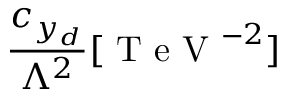
\frac { c _ { y _ { d } } } { \Lambda ^ { 2 } } [ \mathrm { ~ T ~ e ~ V ~ } ^ { - 2 } ]